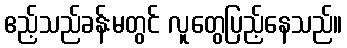
ဧည့်သည်ခန်းမတွင် လူတွေပြည့်နေသည်။